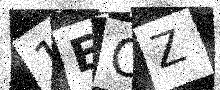
Text: 1EOZ